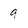
Character: 9